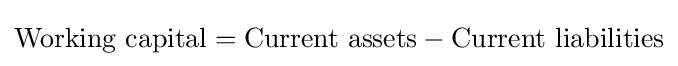
{\text{Working capital}}={\text{Current assets}}-{\text{Current liabilities}}